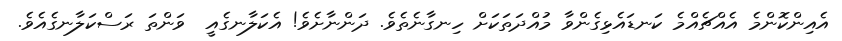
އެއިންކޮންމެ އެއްޗެއްމެ ކަނޑައެޅިގެންވާ މުއްދަތަކަށް ހިނގާނެތެވެ. ދަންނާށެވެ! އެކަލާނގެއީ  ވަންތަ ރަސްކަލާނގެއެވެ.